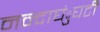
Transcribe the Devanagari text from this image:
नन्दाघंुघटी